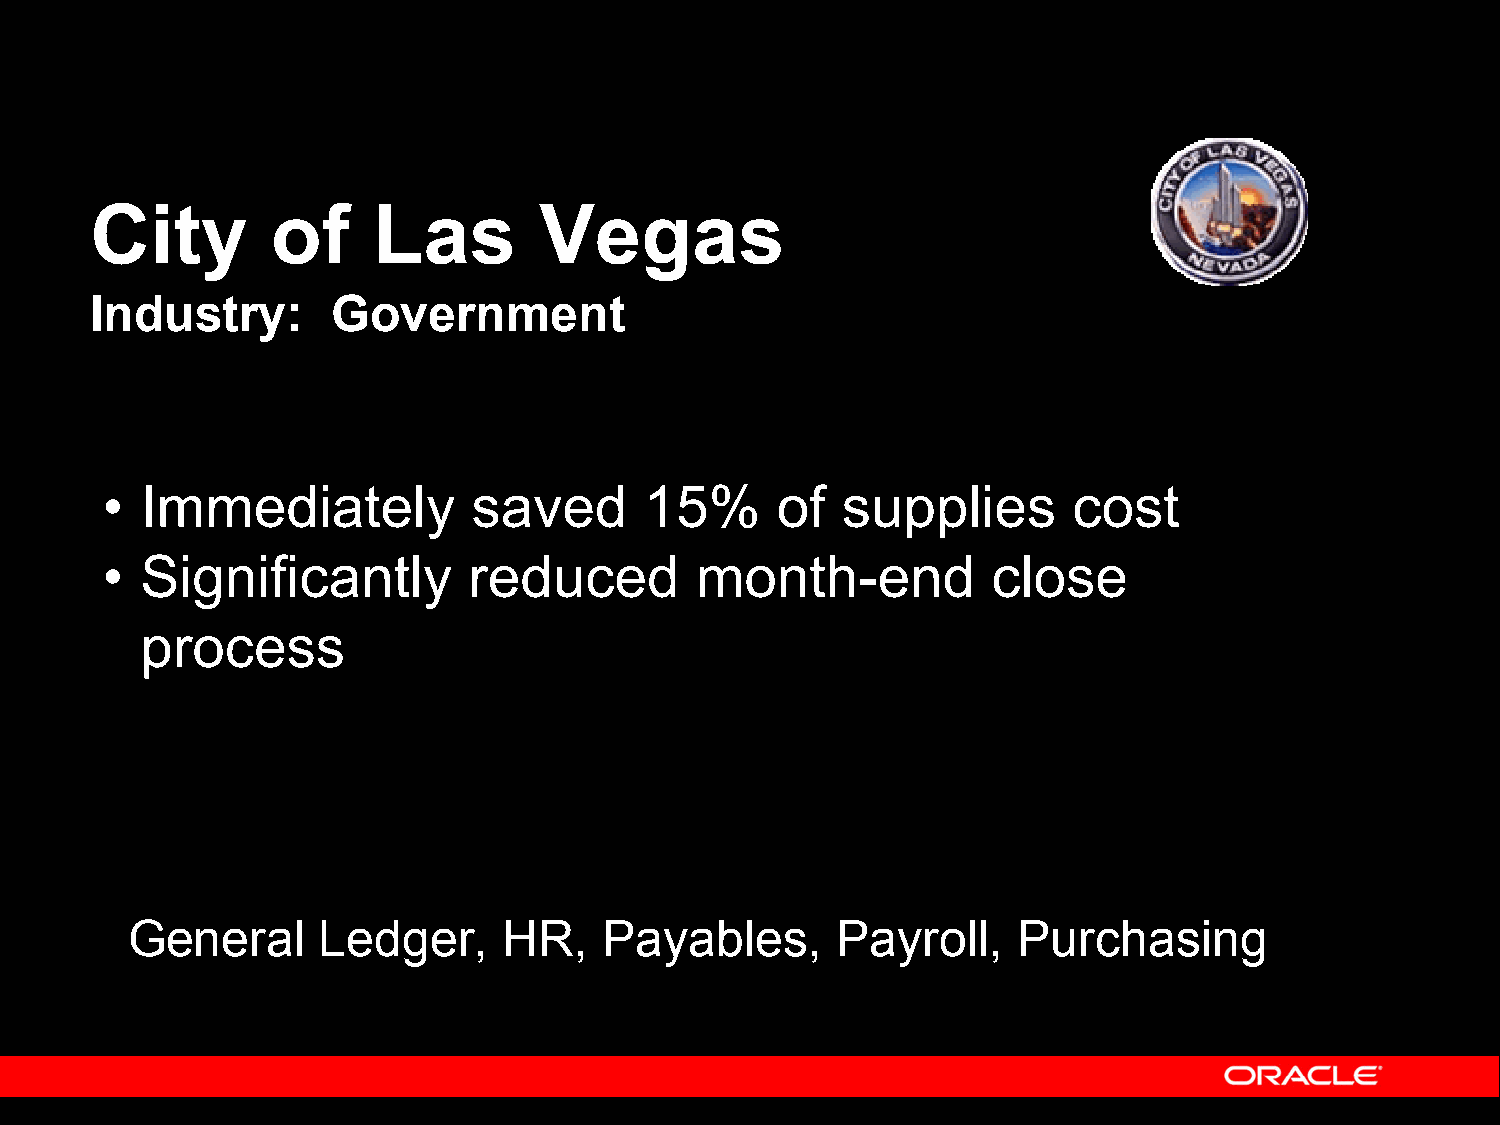
City        of     Las        Vegas
 Industry:       Government
 • Immediately           saved       15%     of   supplies       cost
 • Significantly         reduced        month-end           close
 process
 General      Ledger,     HR,    Payables,      Payroll,    Purchasing